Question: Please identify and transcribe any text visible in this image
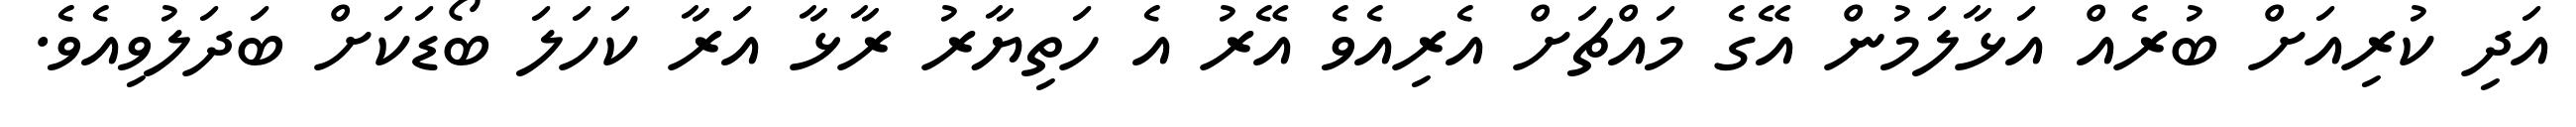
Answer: އަދި ކުރިއަށް ބުރެއް އަޅާލަމުން އޭގެ މައްޗަށް އެރިއެވެ އޭރު އެ ހަތިޔާރު ރާޅާ އަރާ ކަހަލަ ބޯޑަކަށް ބަދަލުވިއެވެ.